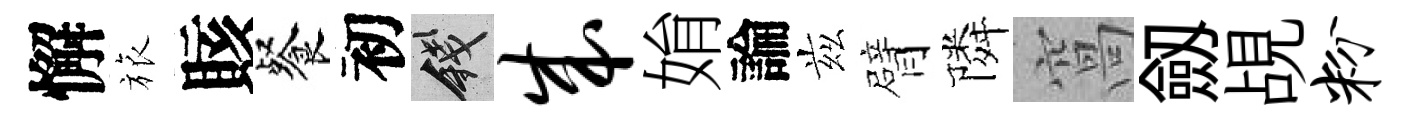
懈旅賅餐初錢成姢論兹臂隣窩劔覘粉